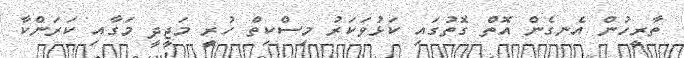
ތާރީހުން އެނގެން އޮތް ގޮތުގައި ކަޅުވަކަރު މިސްކިތް ހުރީ މަޖީދީ މަގާއި ކަރަންކާ